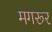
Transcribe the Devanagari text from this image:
मगरूर